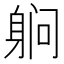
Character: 䠺